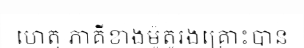
ហេតុ ភាគីខាងម៉ូតូរងគ្រោះបាន